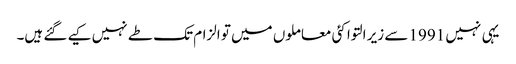
یہی نہیں 1991 سے زیر التوا کئی معاملوں میں تو الزام تک طے نہیں کیے گئے ہیں۔